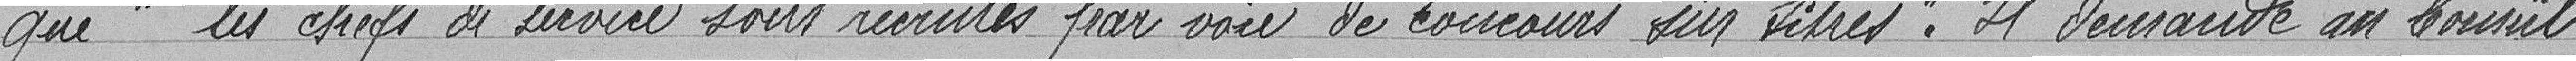
que "les chefs de service pour voie de concours sur métier" Il demande au Conseil